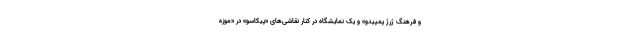
و فرهنگ ژرژ پمپیدو» و یک نمایشگاه در کنار نقاشی‌های «پیکاسو»‌ در «موزه